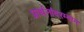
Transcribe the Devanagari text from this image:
प्रार्थनांदरम्यान